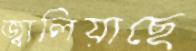
জ্বালিয়াছে